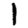
Digit: 1